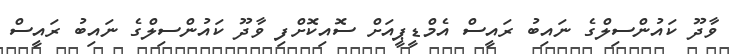
ވާދޫ ކައުންސިލްގެ ނައިބު ރައީސް އެމްޑީޕީއަށް ސޮއިކޮށްފި ވާދޫ ކައުންސިލްގެ ނައިބު ރައީސް